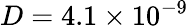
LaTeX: D=4.1\times 10^{-9}